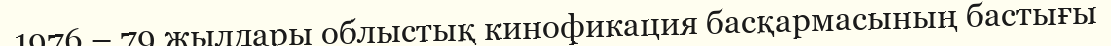
1976 – 79 жылдары облыстық кинофикация басқармасының бастығы